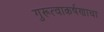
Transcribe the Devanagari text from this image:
गुरूत्वाकर्षणाचा